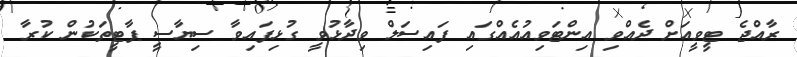
ރާއްޖެ ޓީވީއަށް ދެއްވި އިންޓަވިއުއެއްގައި ފައިސަލް ވިދާޅުވީ ގުޅިފައިވާ ސިޔާސީ ޕާޓީތަކުން ކުރާ